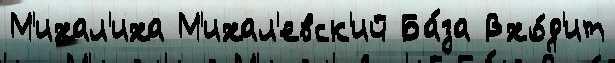
М'ихал'иха М'ихал'евск'ий Ба́за Вхо́д'ит